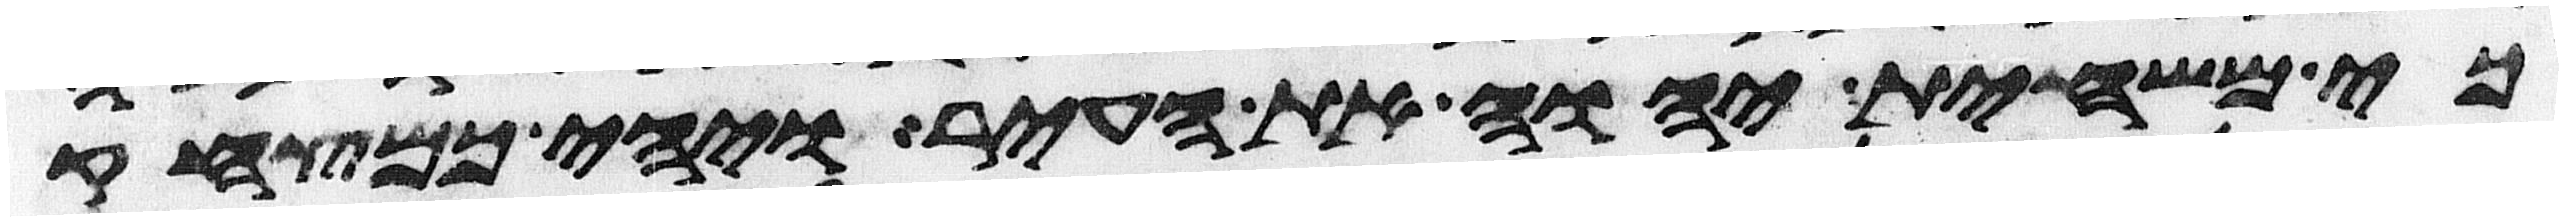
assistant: כי משחית יהוה את העיר ויהי כמצחק